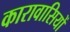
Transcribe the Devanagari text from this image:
कारावासियों